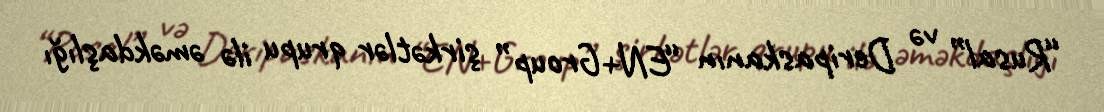
“Rusal” və Deripaskanın “EN+Group” şirkətlər qrupu ilə əməkdaşlığı